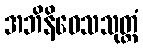
အဘိနိဝေသသုတ္တံ